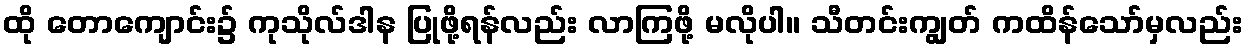
ထို တောကျောင်း၌ ကုသိုလ်ဒါန ပြုဖို့ရန်လည်း လာကြဖို့ မလိုပါ။ သီတင်းကျွတ် ကထိန်သော်မှလည်း